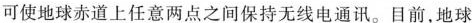
可使地球赤道上任意两点之间保持无线电通讯。目前，地球